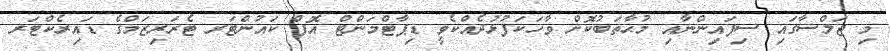
މި ޖަލްސާގައި ސިފައިންނާއި މުޙާތަބުކޮށް ވާހަކަފުޅުދެއްކެވީ ޑިޕާޓްމަންޓް އޮފް ކައުންޓަރ ޓެރަރިޒަމްގެ ޑައިރެކްޓަރ